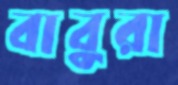
বাবুরা